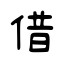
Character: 借